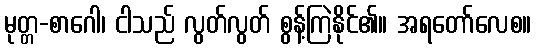
မုတ္တ-စာဂေါ၊ ငါသည် လွတ်လွတ် စွန့်ကြဲနိုင်၏။ အရတော်လေစ။